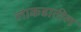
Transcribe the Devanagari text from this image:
लाकडातील